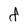
Character: 8